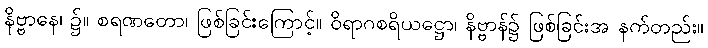
နိဗ္ဗာနေ၊ ၌။ စရဏတော၊ ဖြစ်ခြင်းကြောင့်။ ဝိရာဂစရိယဋ္ဌော၊ နိဗ္ဗာန်၌ ဖြစ်ခြင်းအ နက်တည်း။